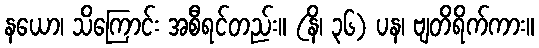
နယော၊ သိကြောင်း အစီရင်တည်း။ (နိ၊ ၃၆) ပန၊ ဗျတိရိက်ကား။